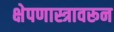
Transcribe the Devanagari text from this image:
क्षेपणास्त्रावरून